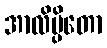
အာလိမ္ပိတော